ELKNU_Lihula_Rajoonikomitee, lk 3
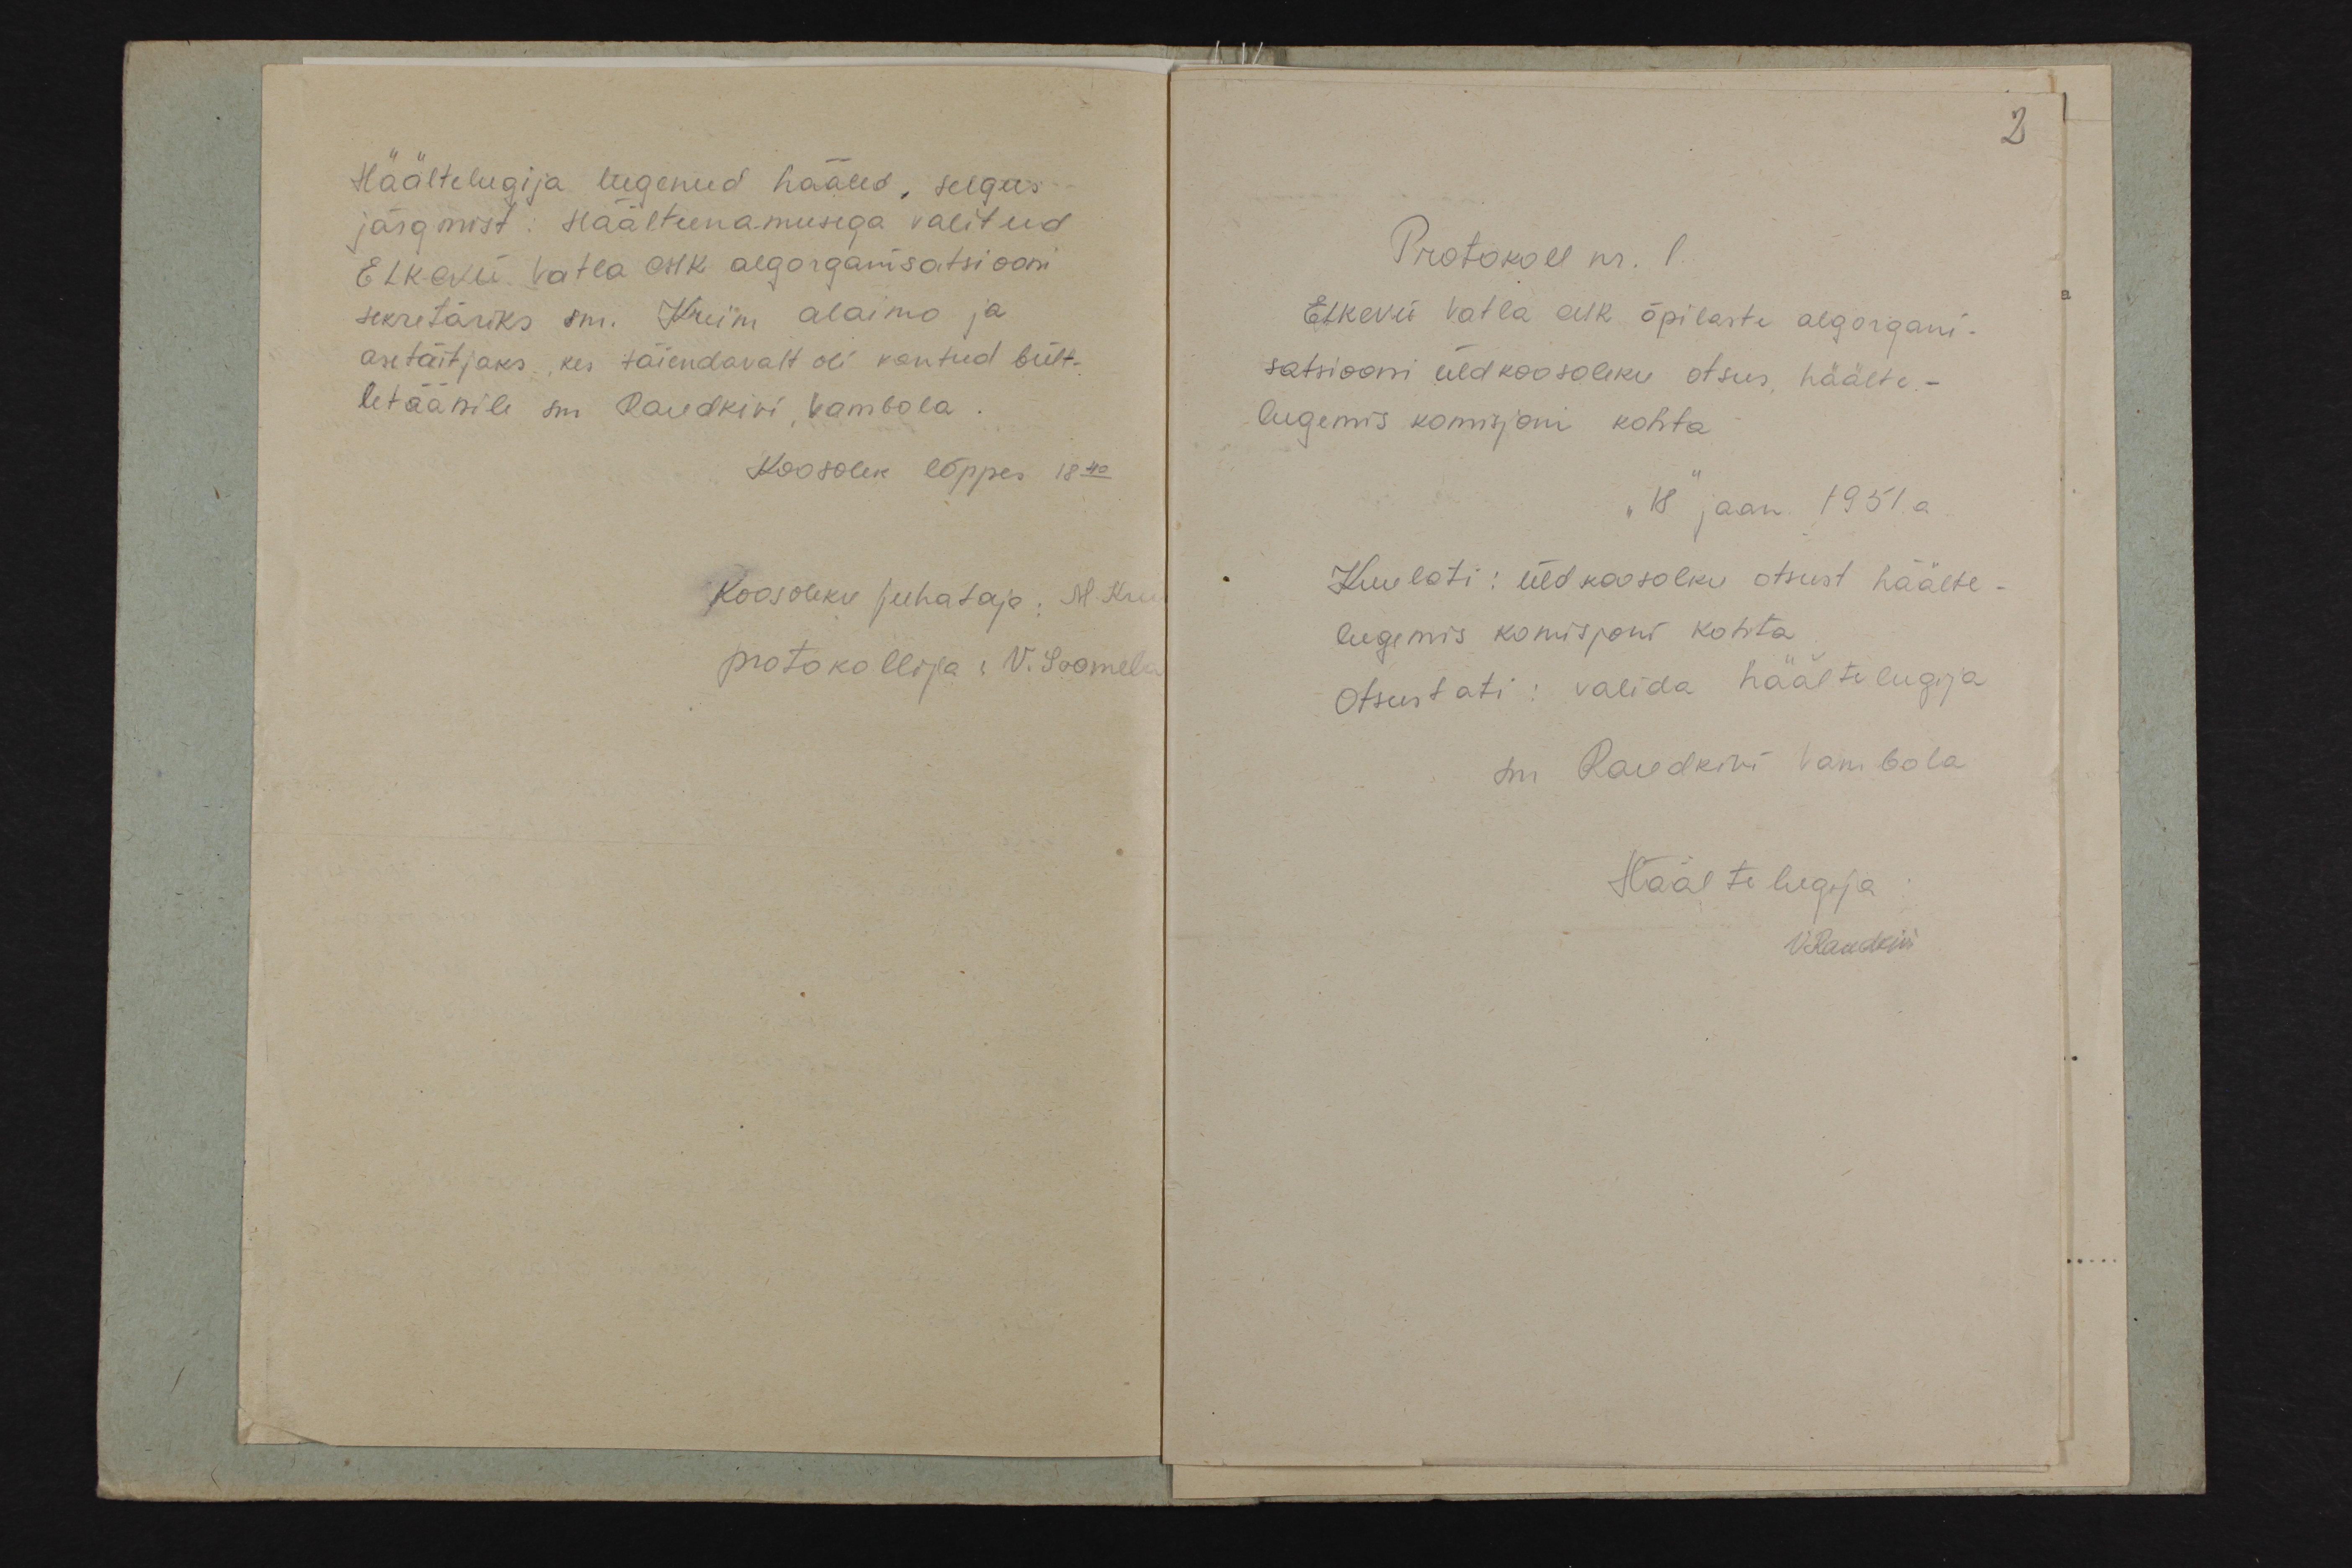
Häältelugija lugenud hääled, selgus
järgmist: Häälteenamusega valitud
ELKNÜ Vatla AIK algorganisatsiooni
sekretäriks sm. Krum Alaimo ja
asetäitjaks, kes täiendavalt oli kantud bül-
letäänile sm. Raudkivi Vambola.
Koosolek lõppes 18.40
Koosoleku juhataja, M. Krum
protokollija V. Soomela

2
Protokoll nr. l.
ELKNÜ Vatla AIK õpilaste algorgani-
satsiooni üldkoosoleku otsus häälte-
lugemis komisjoni kohta.
"18 jaan. 1951. a.
Kuulati: üldkoosoleku otsust häälte-
lugemis komisjoni kohta.
Otsustati: valida häältelugija
sm Raudkivi Vambola
Häältelugeja
V Raudkivi